Vaccine operations Central Provinces & Berar 1922-1929 - 1922-1929
Year: 1922
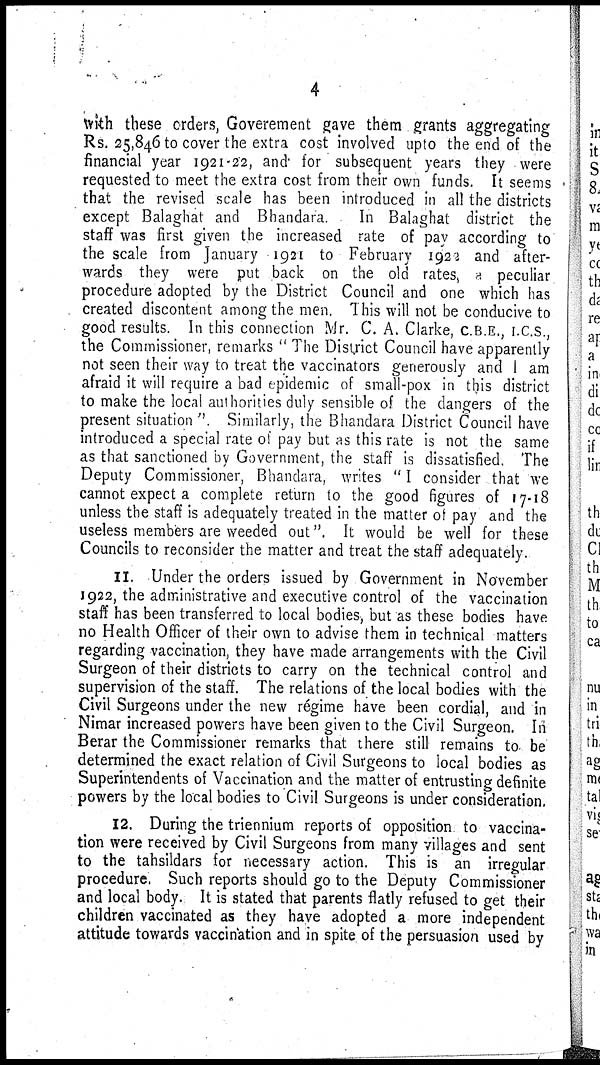
4
with these orders, Goverement gave them grants aggregating
Rs. 25,846 to cover the extra cost involved upto the end of the
financial year 1921-22, and for subsequent years they were
requested to meet the extra cost from their own funds. It seems
that the revised scale has been introduced in all the districts
except Balaghat and Bhandara.
In Balaghat district the
staff was first given the increased rate of pay according to
the scale from January 1921 to February 1922 and after-
wards they were put back on the old rates, a peculiar
procedure adopted by the District Council and one which has
created discontent among the men. This will not be conducive to
good results. In this connection Mr. C. A. Clarke, C.B.E., I.C.S.,
the Commissioner, remarks " The District Council have apparently
not seen their way to treat the vaccinators generously and I am
afraid it will require a bad epidemic of small-pox in this district
to make the local authorities duly sensible of the dangers of the
present situation". Similarly, the Bhandara District Council have
introduced a special rate of pay but as this rate is not the same
as that sanctioned by Government, the staff is dissatisfied. The
Deputy Commissioner, Bhandara, writes " I consider that we
cannot expect a complete return to the good figures of 17-18
unless the staff is adequately treated in the matter of pay and the
useless members are weeded out". It would be well for these
Councils to reconsider the matter and treat the staff adequately.
11. Under the orders issued by Government in November
1922, the administrative and executive control of the vaccination
staff has been transferred to local bodies, but as these bodies have
no Health Officer of their own to advise them in technical matters
regarding vaccination, they have made arrangements with the Civil
Surgeon of their districts to carry on the technical control and
supervision of the staff. The relations of the local bodies with the
Civil Surgeons under the new régime have been cordial, and in
Nimar increased powers have been given to the Civil Surgeon. In
Berar the Commissioner remarks that there still remains to be
determined the exact relation of Civil Surgeons to local bodies as
Superintendents of Vaccination and the matter of entrusting definite
powers by the local bodies to Civil Surgeons is under consideration.
12. During the triennium reports of opposition to vaccina-
tion were received by Civil Surgeons from many villages and sent
to the tahsildars for necessary action. This is an irregular
procedure. Such reports should go to the Deputy Commissioner
and local body. It is stated that parents flatly refused to get their
children vaccinated as they have adopted a more independent
attitude towards vaccination and in spite of the persuasion used by